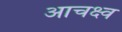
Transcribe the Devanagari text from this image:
आचक्ष्व